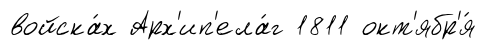
войска́х Арх'ип'ела́г 1811 окт'ябр'я́